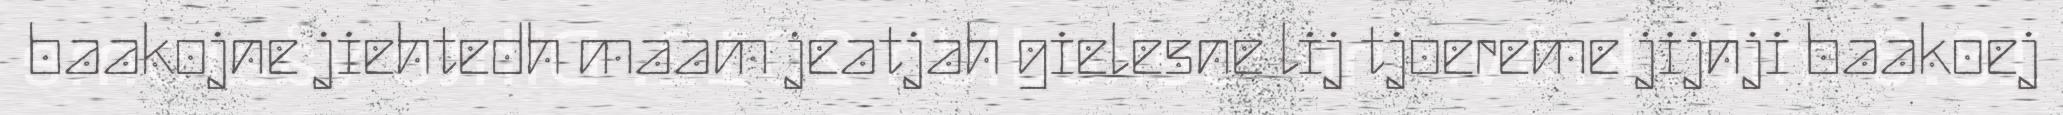
baakojne jiehtedh maam jeatjah gielesne lij tjoereme jijnji baakoej